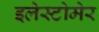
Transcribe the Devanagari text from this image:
इलेस्टोमेर